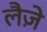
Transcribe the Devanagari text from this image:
लैज़े